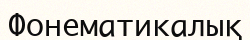
Фонематикалық